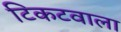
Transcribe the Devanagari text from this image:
टिकटवाला